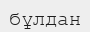
бұлдан